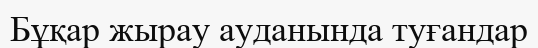
Бұқар жырау ауданында туғандар